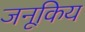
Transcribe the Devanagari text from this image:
जनूकिय